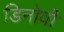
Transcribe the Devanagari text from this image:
डिनोवी